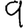
Digit: 9